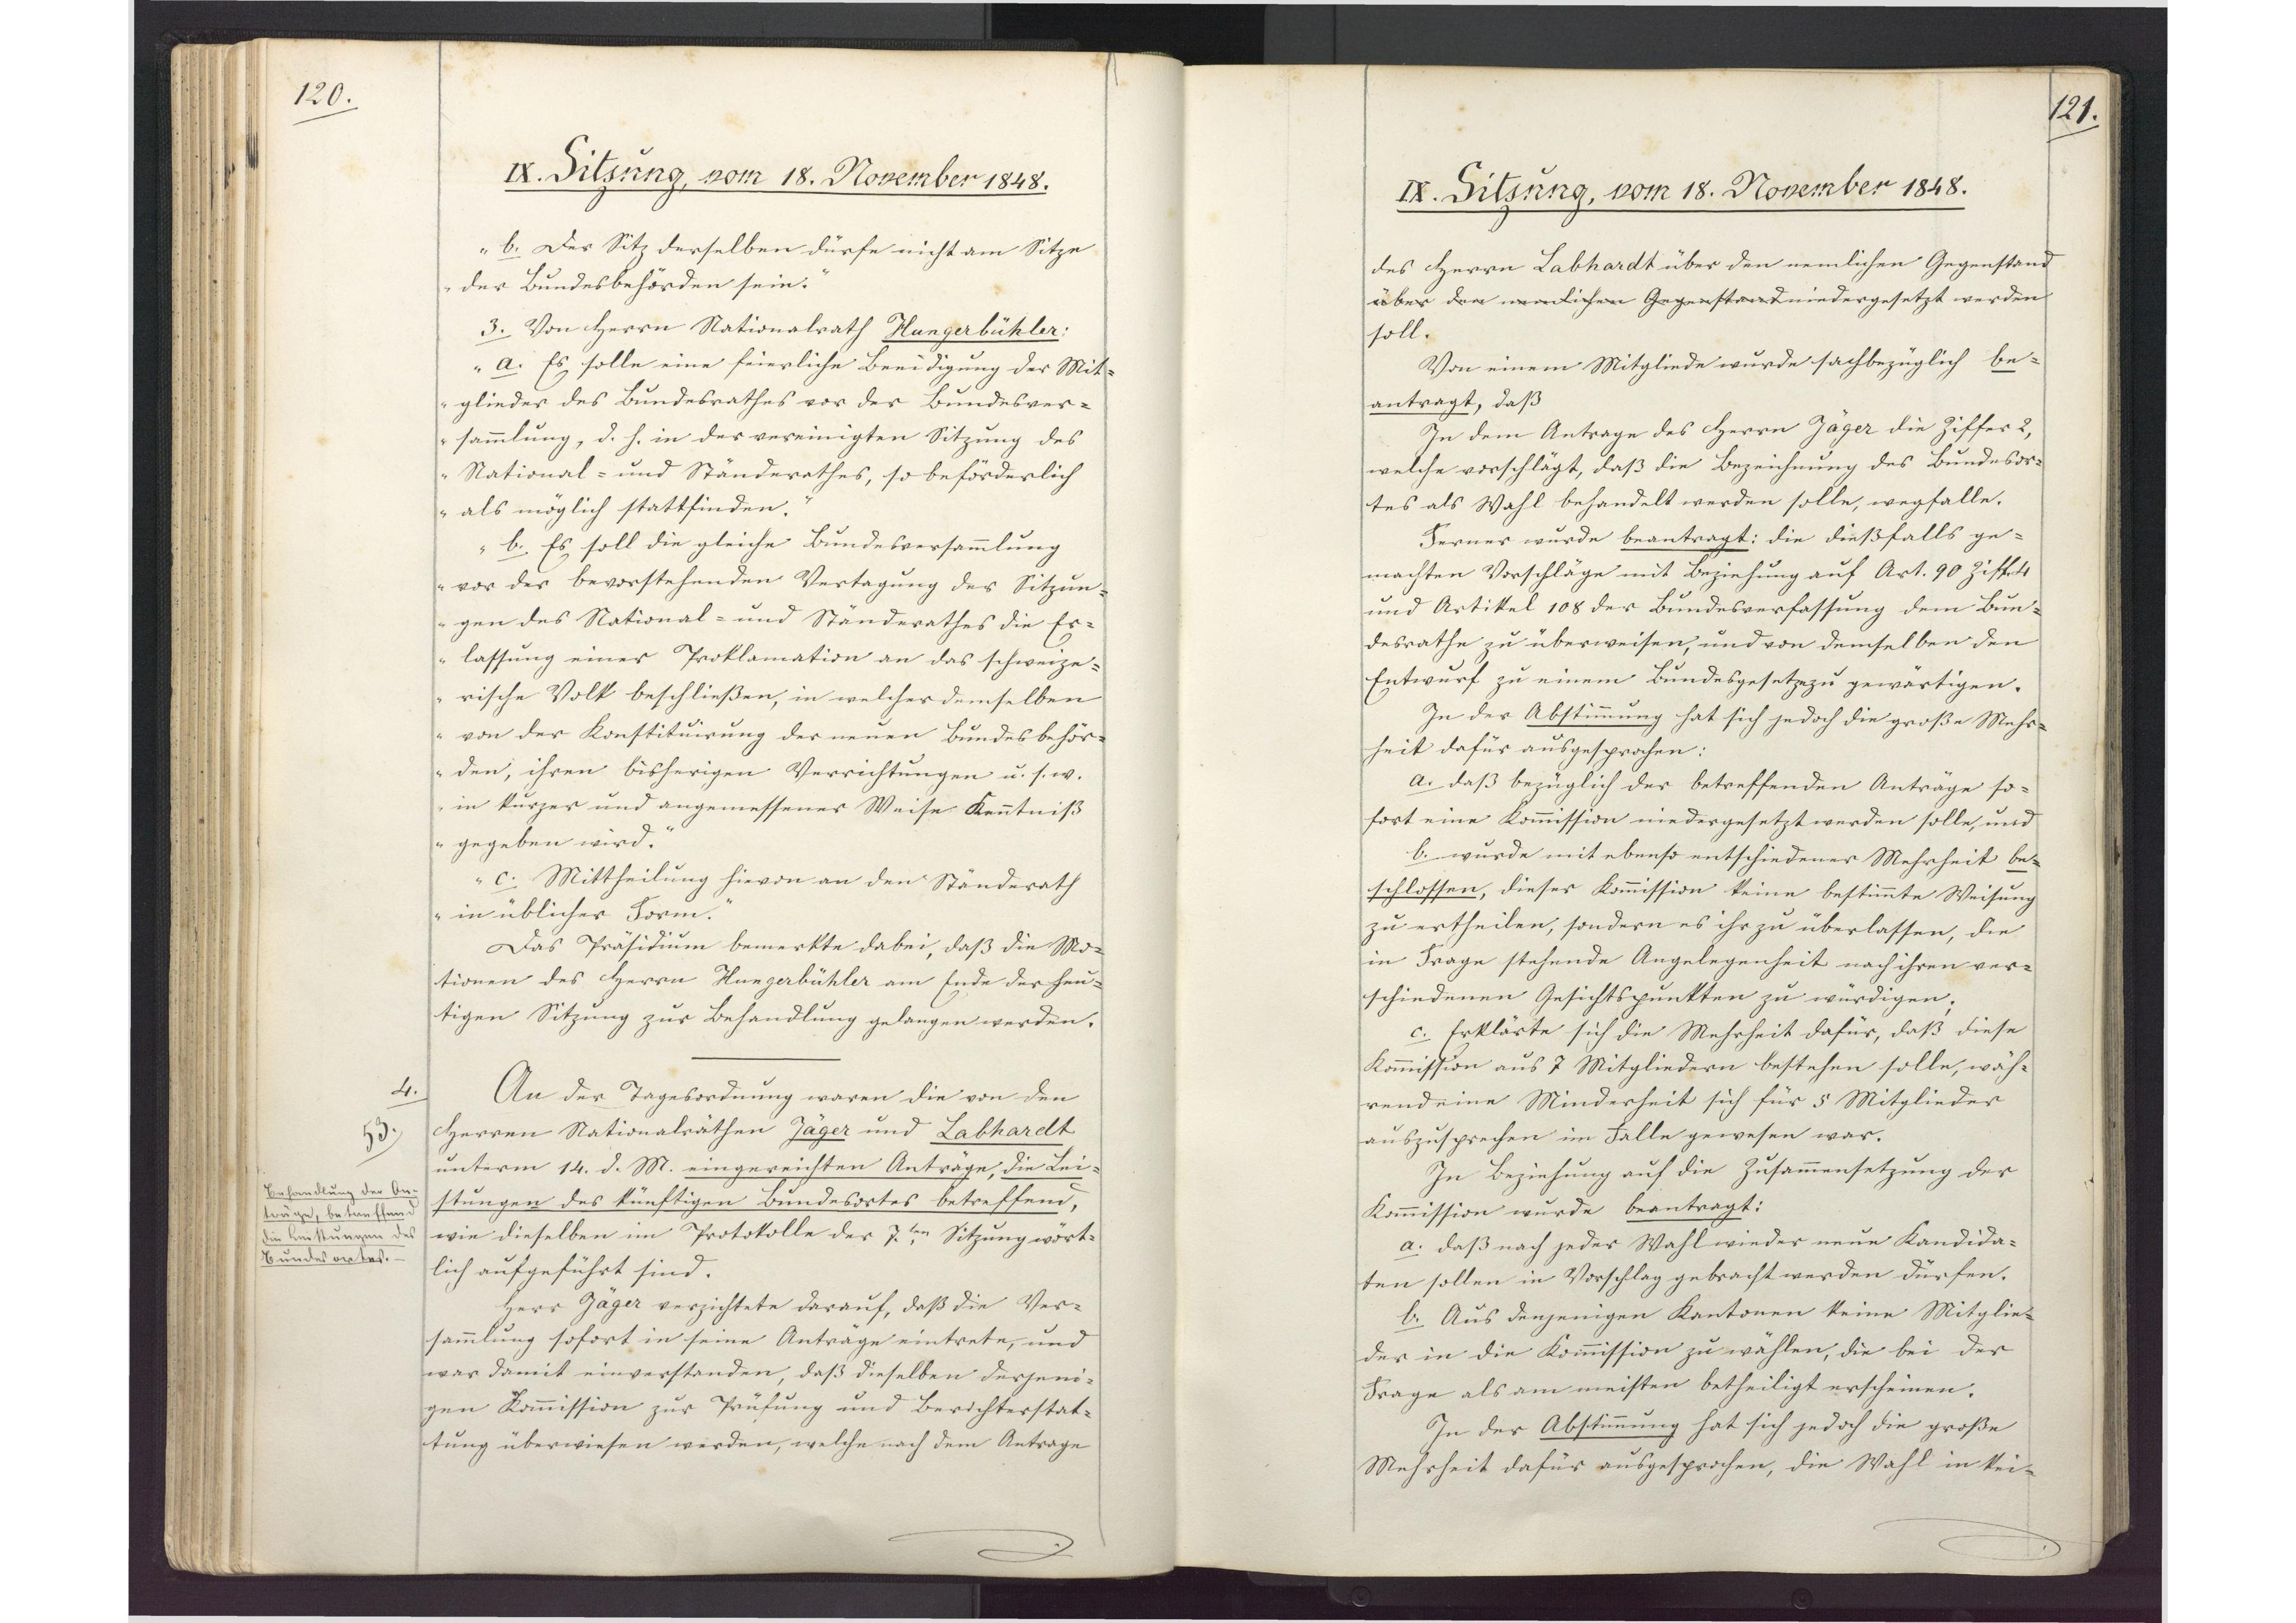
120.

IX. Sitzung, vom 18. November 1848.

b. Der Sitz derselben dürfe nicht am Sitze
der Bundesbehörden sein."
3. Von Herrn Nationalrath Hungerbühler:
"a. Es solle eine feierliche Beeidigung der Mit¬
glieder des Bundesrathes vor der Bundesver¬
sammlung, d.h. in der vereinigten Sitzung des
National- und Ständerathes, so beförderlich
als möglich stattfinden.
b. Es soll die gleiche Bundesversammlung
vor der bevorstehenden Vertagung der Sitzun¬
gen des National- und Ständerathes die Er¬
lassung einer Proklamation an das schweize¬
rische Volk beschließen, in welcher demselben
von der Konstituirung der neuen Bundesbehör¬
den, ihren bisherigen Verrichtungen u.s.w.
in kurzer und angemessener Weise Kenntniß
gegeben wird.
c. Mittheilung hievon an den Ständerath
in üblicher Form."
Das Präsidium bemerkte dabei, dass die Mo¬
tionen des Herrn Hungerbühler am Ende der heu¬
tigen Sitzung zur Behandlung gelangen werden.
An der Tagesordnung waren die von den
Herren Nationalräthen Jäger und Labhardt
unterm 14. d. M. eingereichten Anträge, die Lei¬
stungen des künftigen Bundesortes betreffend,
wie dieselben im Protokolle der 7.ten Sitzung wört¬
lich aufgeführt sind.
Herr Jäger verzichtete darauf, daß die Ver¬
sammlung sofort in seine Anträge eintrete, und
war damit einverstanden, daß dieselben derjeni¬
gen Kommssion zur Prüfung und Berichterstat¬
tung überwiesen werden, welche nach dem Antrage

4.
53.
Behandlung der An¬
träge, betreffend
die Leistungen des
Bundesortes.

121.

IX. Sitzung, vom 18. November 1848.

des Herrn Labhardt über den nemlichen Gegenstand
über den nemlichen Gegenstand niedergesetzt werden
soll.
Von einem Mitgliede wurde sachbezüglich be¬
antragt, daß
In dem Antrage des Herrn Jäger die Ziffer 2,
welche vorschlägt, daß die Bezeichnung des Bundesor¬
tes als Wahl behandelt werden solle, wegfalle.
Ferner wurde beantragt: die dießfalls ge¬
machten Vorschläge mit Beziehung auf Art. 90 Ziff. 4
und Artikel 108 der Bundesverfassung dem Bun¬
desrathe in überweisen, und von demselben den
Entwurf zu einem Bundesgesetze zu gewärtigen.
In der Abstimmung hat sich jedoch die große Mehr¬
heit dafür ausgesprochen:
a. daß bezüglich der betreffenden Anträge so¬
fort eine Kommission niedergesetzt werden solle, und
b. wurde mit ebenso entschiedener Mehrheit be¬
schlossen, dieser Kommission keine bestimmte Weisung
zu ertheilen, sondern es ihr zu überlassen, die
in Frage stehende Angelegenheit nach ihren ver¬
schiedenen Gesichtspunkten zu würdigen;
c. Erklärte sich die Mehrheit dafür, daß diese
Kommission aus 7 Mitgliedern bestehen solle, wäh¬
rend eine Minderheit sich für 5 Mitglieder
auszusprechen im Falle gewesen war.
In Beziehung auf die Zusammensetzung der
Komission wurde beantragt:
a. daß nach jeder Wahl wieder neue Kandida¬
ten sollen in Vorschlag gebracht werden dürfen.
b. Aus denjenigen Kantonen keine Mitglie¬
der in die Kommission zu wählen, die bei der
Frage als am meisten betheiligt erscheinen.
In der Abstimmung hat sich jedoch die große
Mehrheit dafür ausgesprochen, die Wahl in kei¬